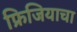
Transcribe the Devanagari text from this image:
फ्रिजियाचा